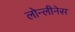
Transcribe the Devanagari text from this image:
लोन्लीनेस